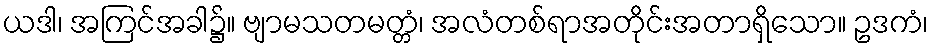
ယဒါ၊ အကြင်အခါ၌။ ဗျာမသတမတ္တံ၊ အလံတစ်ရာအတိုင်းအတာရှိသော။ ဥဒကံ၊